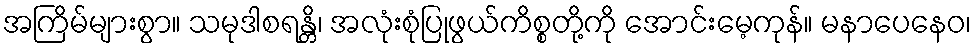
အကြိမ်များစွာ။ သမုဒါစရန္တိ၊ အလုံးစုံပြုဖွယ်ကိစ္စတို့ကို အောင်းမေ့ကုန်။ မနာပေနေဝ၊